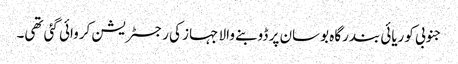
جنوبی کوریائی بندرگاہ بوسان پر ڈوبنے والا جہاز کی رجسٹریشن کروائی گئی تھی۔